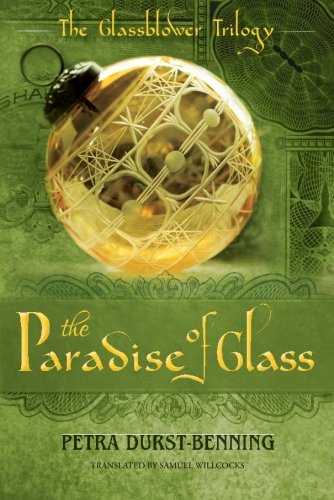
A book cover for The Paradise of Glass (The Glassblower Trilogy); Petra Durst-Benning; Romance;